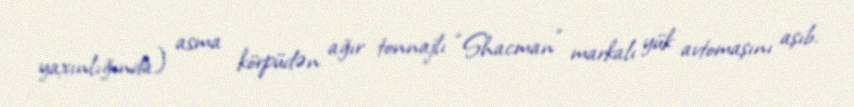
yaxınlığında) asma körpüdən ağır tonnajlı “Shacman” markalı yük avtomaşını aşıb.